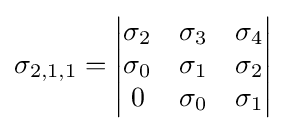
\sigma _{2,1,1}={\begin{vmatrix}\sigma _{2}&\sigma _{3}&\sigma _{4}\\\sigma _{0}&\sigma _{1}&\sigma _{2}\\0&\sigma _{0}&\sigma _{1}\end{vmatrix}}